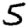
Digit: 5